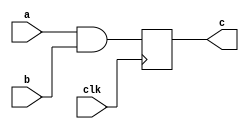
module my_test3(
	input wire a,b,clk, 
	output reg c
	);

	always @(posedge clk)
	begin
		c <= a && b;
	end
	
endmodule